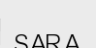
SARA